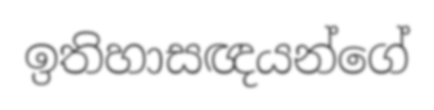
ඉතිහාසඥයන්ගේ